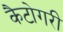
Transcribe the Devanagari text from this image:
कैटोगरी